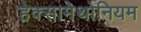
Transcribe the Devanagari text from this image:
हेक्सामेथोनियम